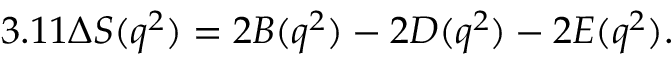
3 . 1 1 \Delta S ( q ^ { 2 } ) = 2 { \cal B } ( q ^ { 2 } ) - 2 { \cal D } ( q ^ { 2 } ) - 2 { \cal E } ( q ^ { 2 } ) .